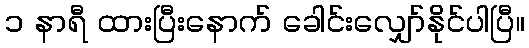
၁ နာရီ ထားပြီးနောက် ခေါင်းလျှော်နိုင်ပါပြီ။